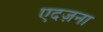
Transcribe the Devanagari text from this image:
एदज़ना